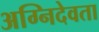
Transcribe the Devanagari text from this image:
अग्निदेवता